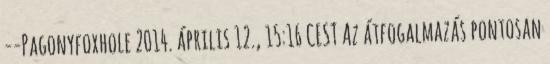
--Pagonyfoxhole 2014. április 12., 15:16 CEST Az átfogalmazás pontosan